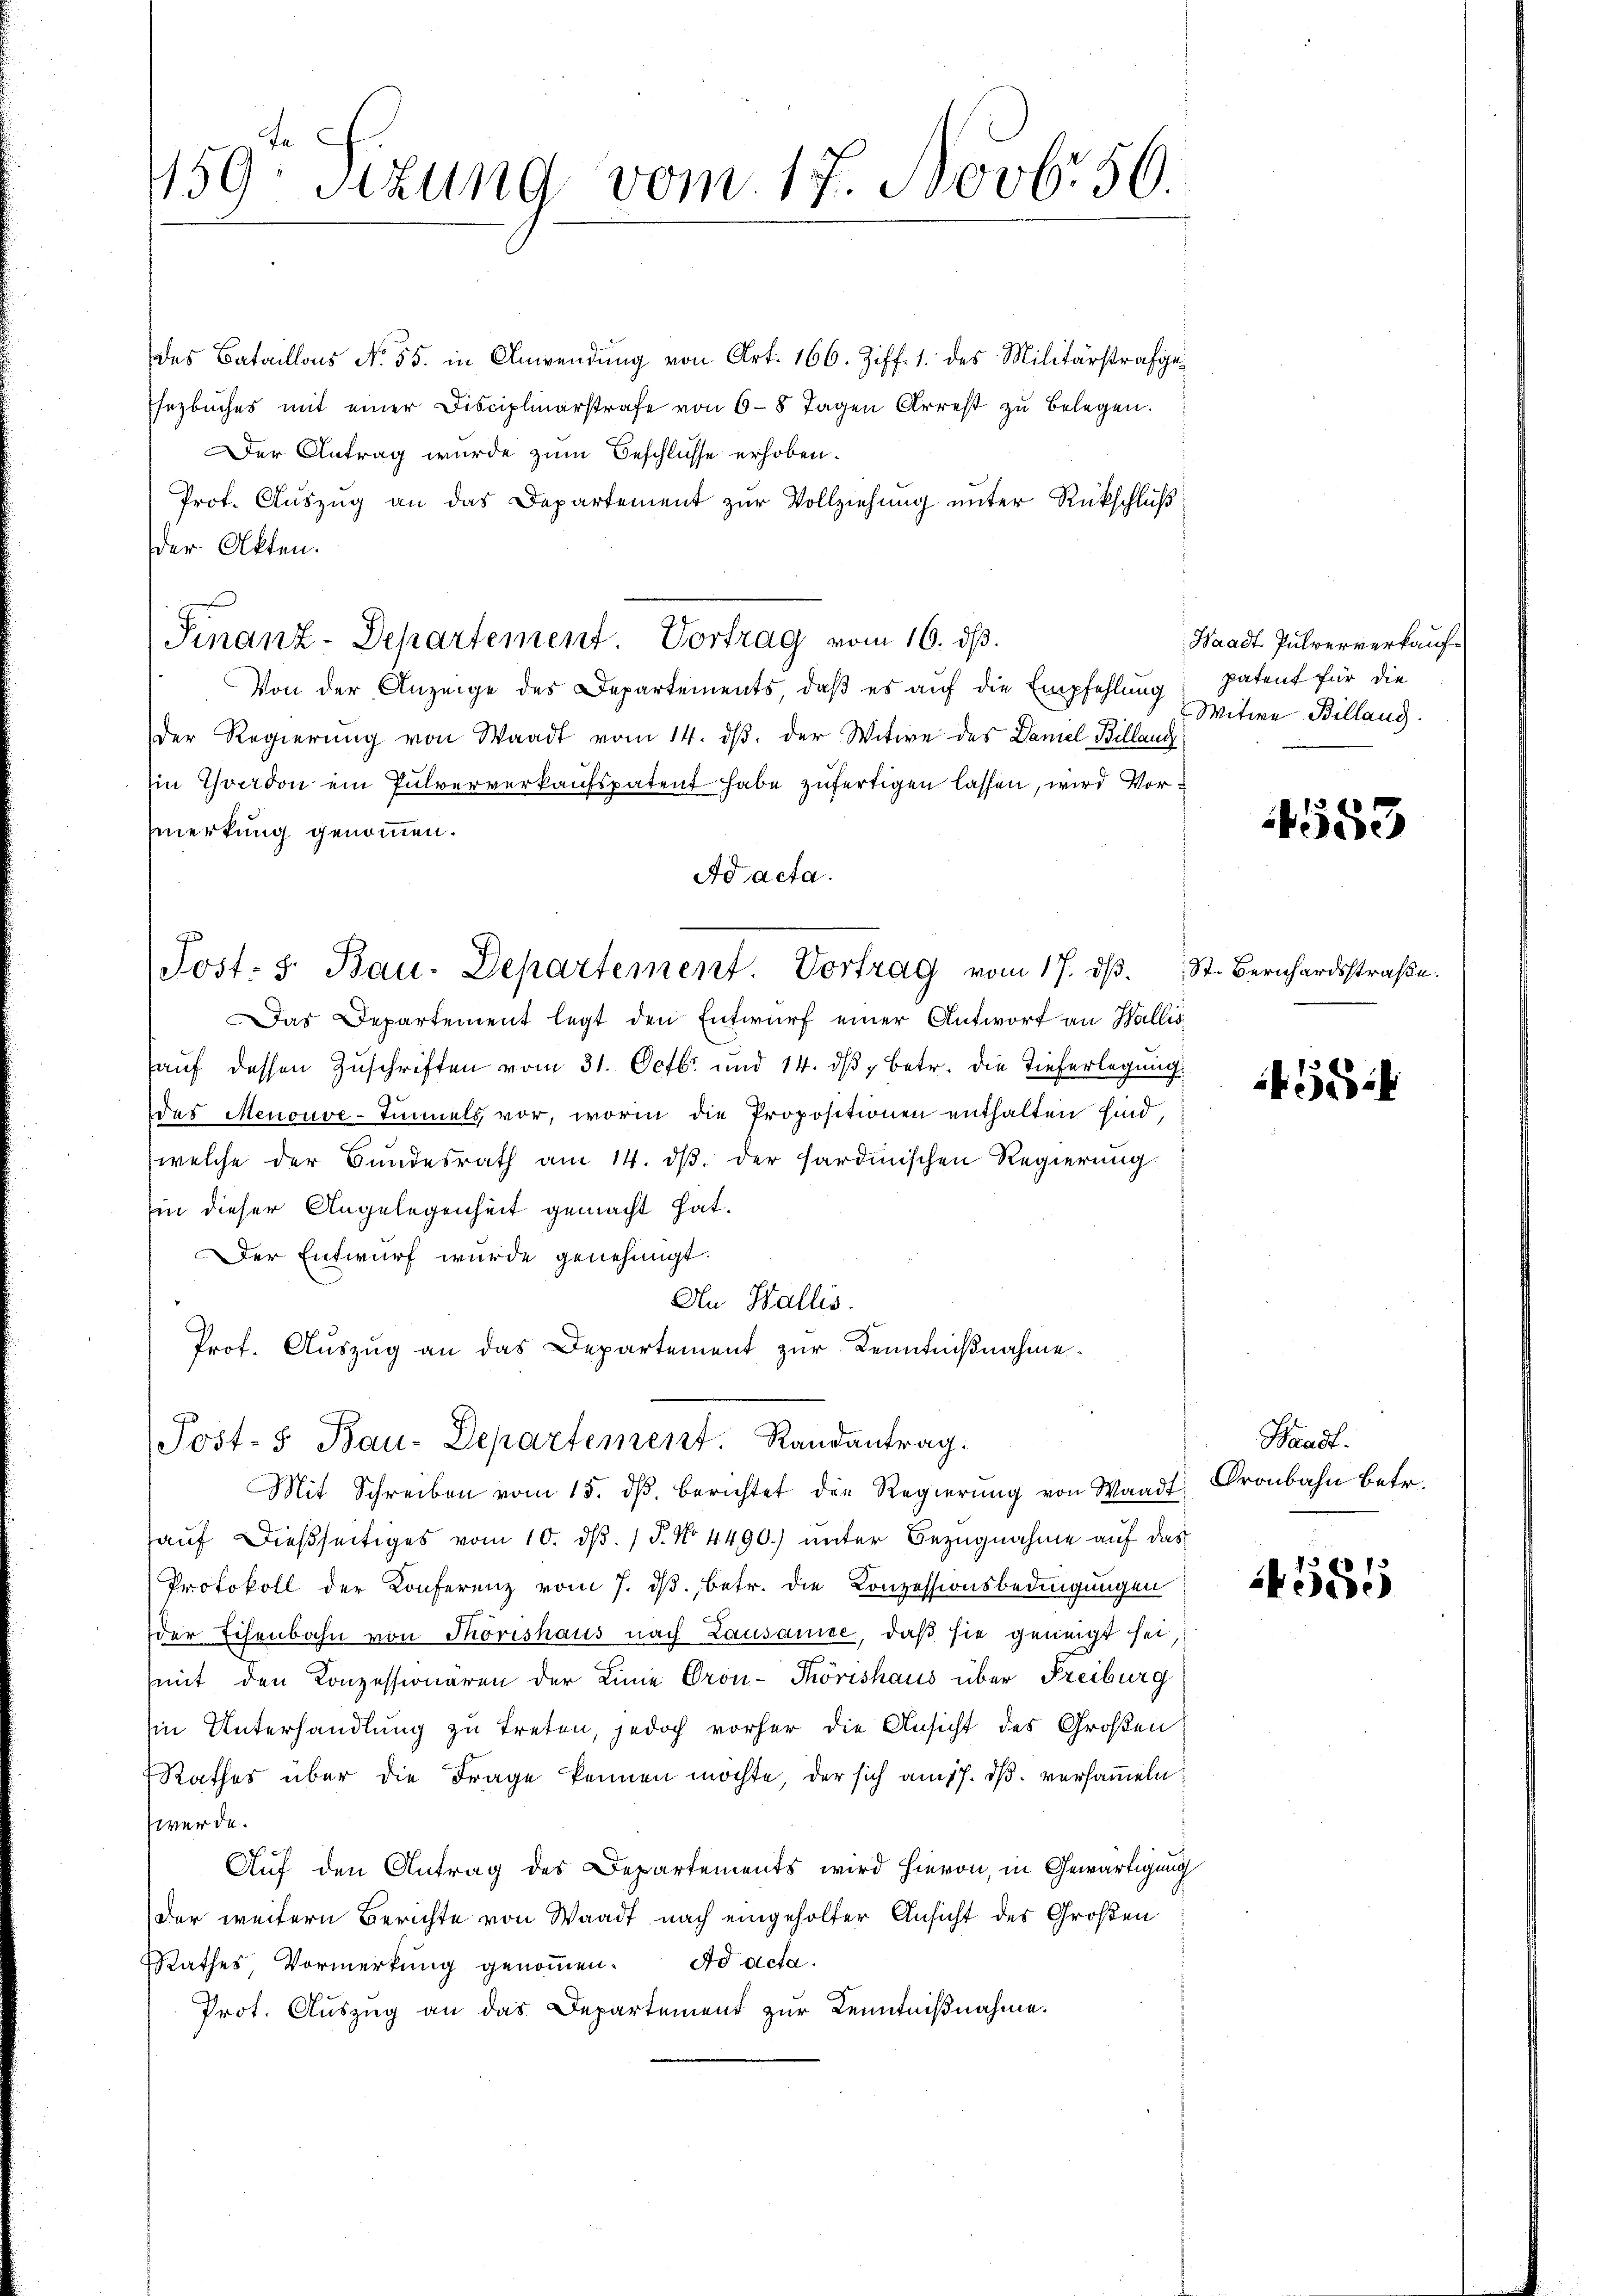
des Bataillons No. 55. in Anwendung von Art. 166. Ziff. 1. des Militärstrafgesezbuches mit einer Fisciplinarstrafe von 6–8 Tagen Arrest zŭ belegen.
Der Antrag wurde zum Beschlusse erhoben.
Prot. Auszug an das Departement zur Vollziehung unter Rückschluß
der Akten.
Finanz-Departement. Vortrag vom 16. ds.
Von der Anzeige des Departements, daß es auf die Empfehlung
der Regierung von Waadt vom 14. ds. der Witwe des Damel Billand
Ein Yverdon ein Pulververkaufspatent habe zufertigen lassen, wird Vormerkung genommen.
Ad acta.
Jost- 5. Bau-Departement. Vortrag vom 17. dβ. St. Bernhardsstraβe.
Das Departement legt den Entwurf einer Antwort an Wallis,
auf dessen Zuschriften vom 31. Octbr. und 14. dβ betr. die Tieferlegung
das Menouve-Timmels vor, worin die Propositionen enthalten sind,
welche der Bundesrath am 14. dβ. der sardinischen Regierŭng
in dieser Angelegenheit gemacht hat.
Der Entwurf wurde genehmigt.
An Wallis.
Prof. Auszug an das Departement zur Kenntnißnahme.

159. Sizung vom 17. Novb. 50.

Post- & Bau-Departement. Randantrag.
Mit Schreiben vom 15. dβ berichtet die Regierŭng von Waadt, Cronbahn betr.

hauf dießseitiges vom 10. ds. / 5. No 4490.) unter Bezugnahme auf das
Protokoll der Konferenz vom 7. dβ, betr. die Conzessionsbedingungen
der Eisenbahn von Thorishaus nach Lausanne, daß sie geneigt sei,
(mit den Konzessionären der Linie Oron-Thörishaus über Freiburg
in Unterhandlung zu treten, jedoch vorher die Ansicht des Großen
Rathes über die Frage kennen möchte, der sich am 17. dß. versammeln
werde.

Auf den Antrag des Departements wird hievon, in Gewärtigung
der weitern Berichte von Waadt nach eingeholter Ansicht des Großen
Rathes Vormerkung genoṁen. Ad acta.
Prot. Auszug an das Departement zur Kenntnißnahme.

Waadt Pulververkaufpatent für die
Witwe Billang.

4553

54

Waadt.

4585